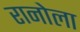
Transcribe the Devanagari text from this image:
रानोला